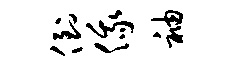
倒俄袖